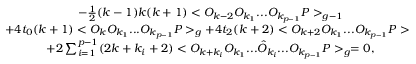
\begin{array} { c } { { - \frac { 1 } { 2 } ( k - 1 ) k ( k + 1 ) < O _ { k - 2 } O _ { k _ { 1 } } . . . O _ { k _ { p - 1 } } P > _ { g - 1 } } } \\ { { + 4 t _ { 0 } ( k + 1 ) < O _ { k } O _ { k _ { 1 } } . . . O _ { k _ { p - 1 } } P > _ { g } + 4 t _ { 2 } ( k + 2 ) < O _ { k + 2 } O _ { k _ { 1 } } . . . O _ { k _ { p - 1 } } P > _ { g } } } \\ { { + 2 \sum _ { i = 1 } ^ { p - 1 } ( 2 k + k _ { i } + 2 ) < O _ { k + k _ { i } } O _ { k _ { 1 } } . . . \hat { O } _ { k _ { i } } . . . O _ { k _ { p - 1 } } P > _ { g } = 0 , } } \end{array}